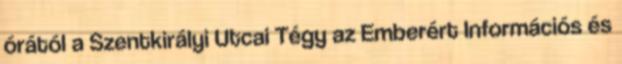
órától a Szentkirályi Utcai Tégy az Emberért Információs és